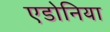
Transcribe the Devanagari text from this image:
एडोनिया